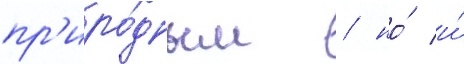
пр'иро́дным / но́ и́